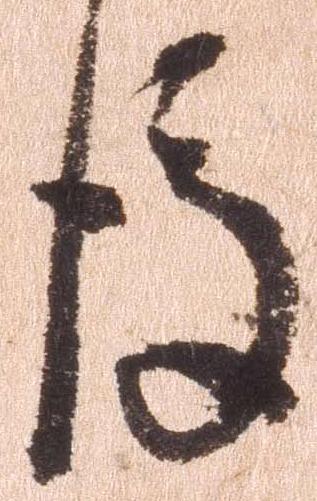
後